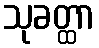
သုခတ္ထာ